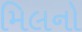
મિલનો